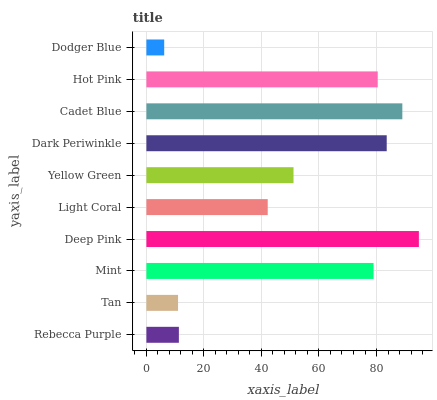
| yaxis_label | bars |
 | --- | --- |
 | Rebecca Purple | 11.3 |
 | Tan | 11 |
 | Mint | 79 |
 | Deep Pink | 94.7 |
 | Light Coral | 42.2 |
 | Yellow Green | 51.1 |
 | Dark Periwinkle | 83.6 |
 | Cadet Blue | 89 |
 | Hot Pink | 80.4 |
 | Dodger Blue | 6.19 |